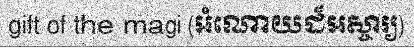
gift of the magi (អំណោយដ៏អស្ចារ្យ)